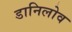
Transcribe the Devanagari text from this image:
डानिलोव